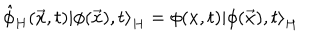
\hat { \phi } _ { H } ( \vec { x } , t ) \left| \phi ( \vec { x } ) , t \right> _ { H } = \phi ( x , t ) \left| \phi ( \vec { x } ) , t \right> _ { H }